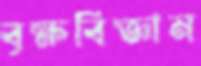
বৃক্ষবিজ্ঞান